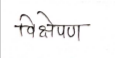
मजकूर: विक्षेपण